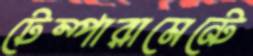
টেম্পারামেন্টে